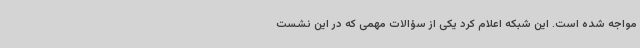
مواجه شده است. این شبکه اعلام کرد یکی از سؤالات مهمی که در این نشست